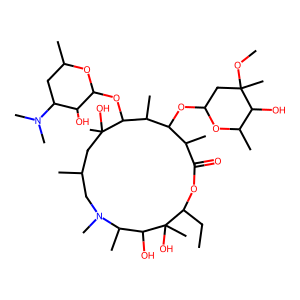
SMILES: CCC1OC(=O)C(C)C(OC2CC(C)(OC)C(O)C(C)O2)C(C)C(OC2OC(C)CC(N(C)C)C2O)C(C)(O)CC(C)CN(C)C(C)C(O)C1(C)O
Inhibits HIV replication: No